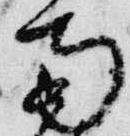
南